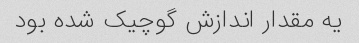
یه مقدار اندازش گوچیک شده بود